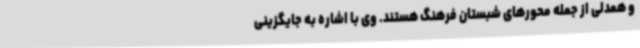
و همدلی از جمله محورهای شبستان فرهنگ هستند. وی با اشاره به جایگزینی